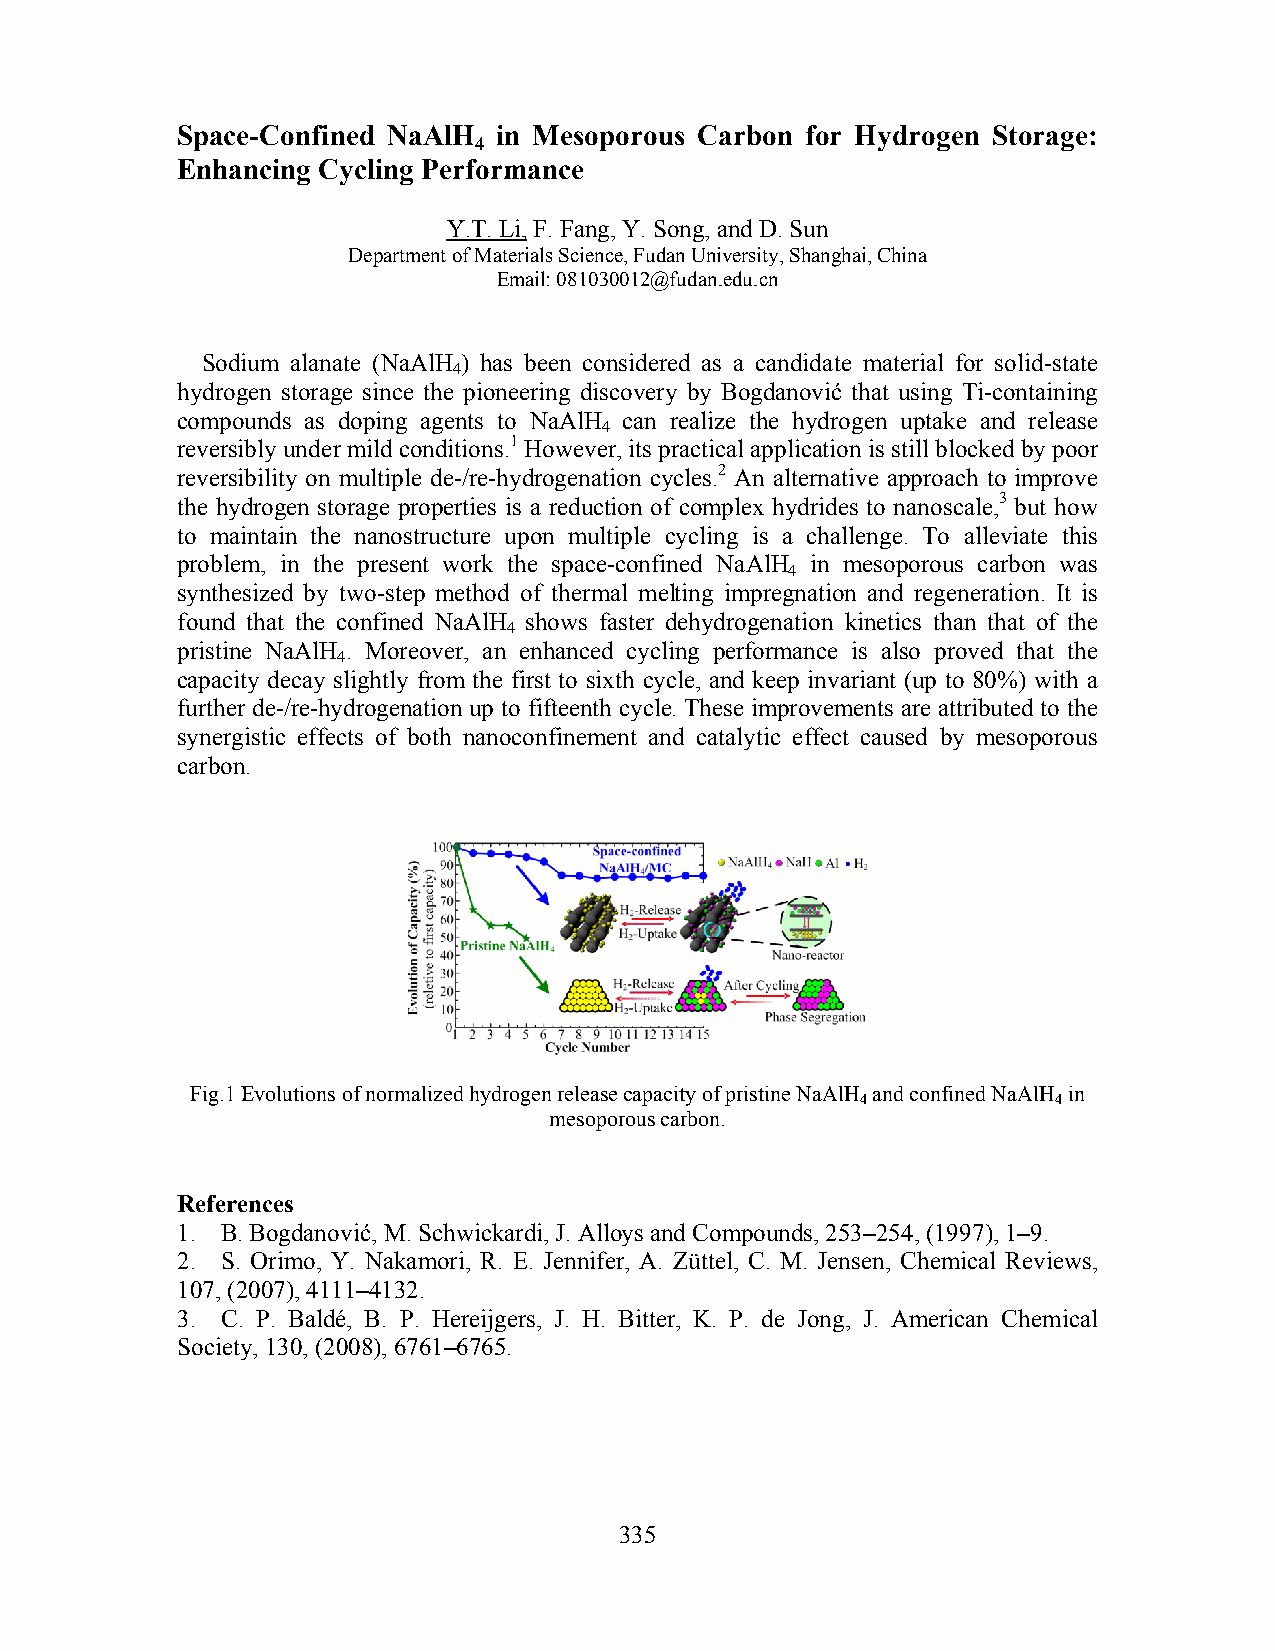
Space-Confined NaAlH in Mesoporous Carbon for Hydrogen Storage:
 4
 Enhancing Cycling Performance
 Y.T. Li, F. Fang, Y. Song, and D. Sun
 Department of Materials Science, Fudan University, Shanghai, China
 Email: 081030012@fudan.edu.cn
 Sodium alanate (NaAlH ) has been considered as a candidate material for solid-state
 4
 hydrogen storage since the pioneering discovery by Bogdanović that using Ti-containing
 compounds as doping agents to NaAlH can realize the hydrogen uptake and release
 4
 reversibly under mild conditions.1 However, its practical application is still blocked by poor
 reversibility on multiple de-/re-hydrogenation cycles.2 An alternative approach to improve
 the hydrogen storage properties is a reduction of complex hydrides to nanoscale,3 but how
 to maintain the nanostructure upon multiple cycling is a challenge. To alleviate this
 problem, in the present work the space-confined NaAlH in mesoporous carbon was
 4
 synthesized by two-step method of thermal melting impregnation and regeneration. It is
 found that the confined NaAlH shows faster dehydrogenation kinetics than that of the
 4
 pristine NaAlH . Moreover, an enhanced cycling performance is also proved that the
 4
 capacity decay slightly from the first to sixth cycle, and keep invariant (up to 80%) with a
 further de-/re-hydrogenation up to fifteenth cycle. These improvements are attributed to the
 synergistic effects of both nanoconfinement and catalytic effect caused by mesoporous
 carbon.
 Fig.1 Evolutions of normalized hydrogen release capacity of pristine NaAlH and confined NaAlH in
 4            4
 mesoporous carbon.
 References
 1. B. Bogdanović, M. Schwickardi, J. Alloys and Compounds, 253–254, (1997), 1–9.
 2. S. Orimo, Y. Nakamori, R. E. Jennifer, A. Züttel, C. M. Jensen, Chemical Reviews,
 107, (2007), 4111–4132.
 3. C. P. Baldé, B. P. Hereijgers, J. H. Bitter, K. P. de Jong, J. American Chemical
 Society, 130, (2008), 6761–6765.
 335